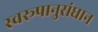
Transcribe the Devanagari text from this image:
स्वरूपानुसंधान